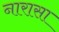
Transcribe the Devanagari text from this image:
नारासा